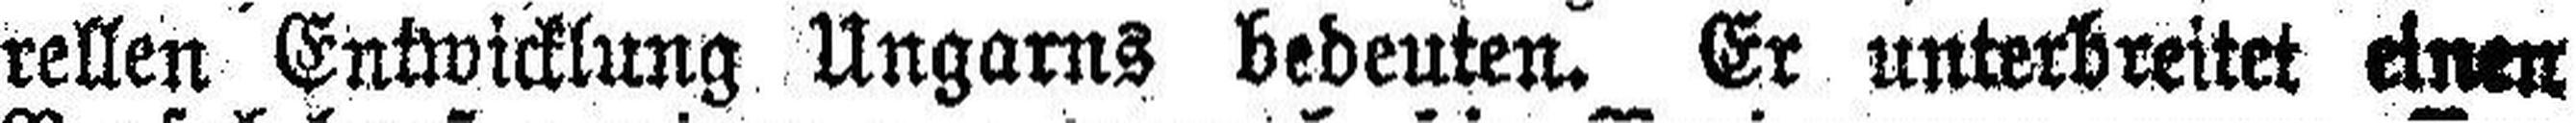
rellen Entwicklung Ungarns bedeuten. Er unterbreitet einen